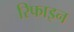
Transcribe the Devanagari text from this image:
रिफाइन